Indian journal of veterinary science and animal husbandry - Volume 2,
Year: 1932
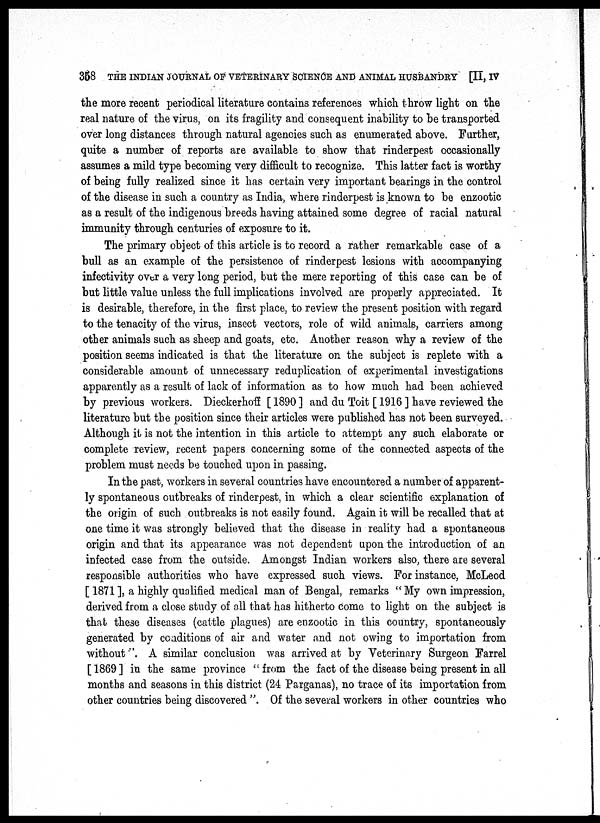
358 THE INDIAN JOURNAL OF VETERINARY SCIENCE AND ANIMAL HUSBANDRY [II, IV
the more recent periodical literature contains references which throw light on the
real nature of the virus, on its fragility and consequent inability to be transported
over long distances through natural agencies such as enumerated above. Further,
quite a number of reports are available to show that rinderpest occasionally
assumes a mild type becoming very difficult to recognize. This latter fact is worthy
of being fully realized since it has certain very important bearings in the control
of the disease in such a country as India, where rinderpest is known to be enzootic
as a result of the indigenous breeds having attained some degree of racial natural
immunity through centuries of exposure to it.
The primary object of this article is to record a rather remarkable case of a
bull as an example of the persistence of rinderpest lesions with accompanying
infectivity over a very long period, but the mere reporting of this case can be of
but little value unless the full implications involved are properly appreciated. It
is desirable, therefore, in the first place, to review the present position with regard
to the tenacity of the virus, insect vectors, role of wild animals, carriers among
other animals such as sheep and goats, etc. Another reason why a review of the
position seems indicated is that the literature on the subject is replete with a
considerable amount of unnecessary reduplication of experimental investigations
apparently as a result of lack of information as to how much had been achieved
by previous workers. Dieckerhoff [ 1890 ] and du Toit [ 1916 ] have reviewed the
literature but the position since their articles were published has not been surveyed.
Although it is not the intention in this article to attempt any such elaborate or
complete review, recent papers concerning some of the connected aspects of the
problem must needs be touched upon in passing.
In the past, workers in several countries have encountered a number of apparent-
ly spontaneous outbreaks of rinderpest, in which a clear scientific explanation of
the origin of such outbreaks is not easily found. Again it will be recalled that at
one time it was strongly believed that the disease in reality had a spontaneous
origin and that its appearance was not dependent upon the introduction of an
infected case from the outside. Amongst Indian workers also, there are several
responsible authorities who have expressed such views. For instance, McLeod
[ 1871 ], a highly qualified medical man of Bengal, remarks "My own impression,
derived from a close study of all that has hitherto come to light on the subject is
that these diseases (cattle plagues) are enzootic in this country, spontaneously
generated by conditions of air and water and not owing to importation from
without ". A similar conclusion was arrived at by Veterinary Surgeon Farrel
[1869] in the same province "from the fact of the disease being present in all
months and seasons in this district (24 Parganas), no trace of its importation from
other countries being discovered ". Of the several workers in other countries who